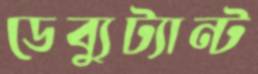
ডেব্যুট্যান্ট